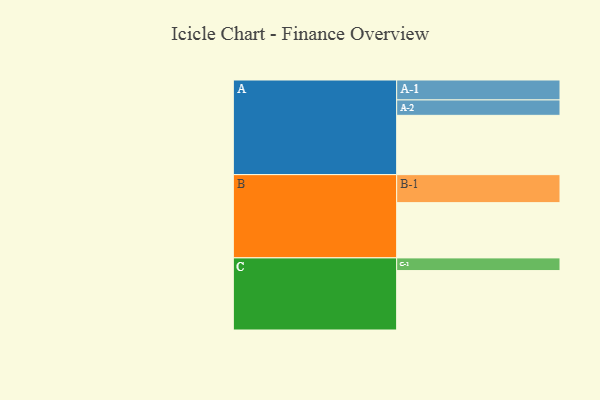
{"axis": {"x": "Segment", "y": "Value"}, "legend": ["", "A", "B", "C"], "data": [{"x": "A", "y": 500, "type": ""}, {"x": "B", "y": 466, "type": ""}, {"x": "C", "y": 501, "type": ""}, {"x": "A-1", "y": 168, "type": "A"}, {"x": "A-2", "y": 130, "type": "A"}, {"x": "B-1", "y": 236, "type": "B"}, {"x": "C-1", "y": 107, "type": "C"}]}